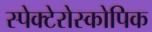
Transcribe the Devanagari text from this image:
स्पेक्टेरोस्कोपिक